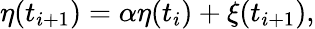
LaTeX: \eta(t_{i+1})=\alpha\eta(t_{i})+\xi(t_{i+1}),